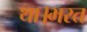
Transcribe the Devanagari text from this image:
था।भरत